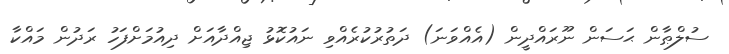
ސުލްޠާން ޙަސަން ނޫރައްދީން (އެއްވަނަ) ދަތުރުކުރެއްވި ނައުކޮޅު ޖިއްދާއަށް ދިއުމަށްފަހު ރަދުން މައްކާ